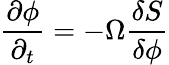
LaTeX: \frac{\partial\phi}{\partial_{t}}=-\Omega\frac{\delta S}{\delta\phi}